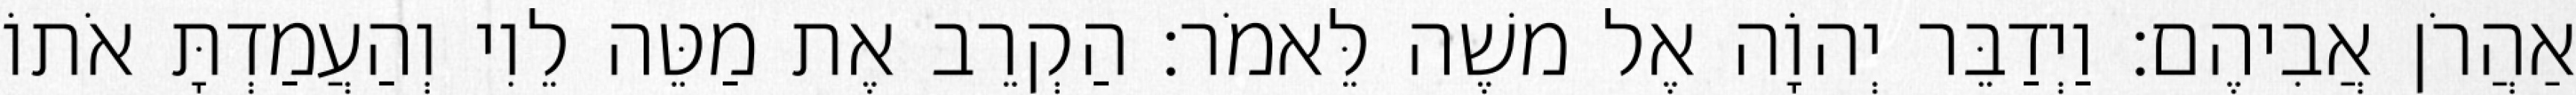
אַהֲרֹן אֲבִיהֶם׃ וַיְדַבֵּר יְהוָֹה אֶל משֶׁה לֵּאמֹר׃ הַקְרֵב אֶת מַטֵּה לֵוִי וְהַעֲמַדְתָּ אֹתוֹ